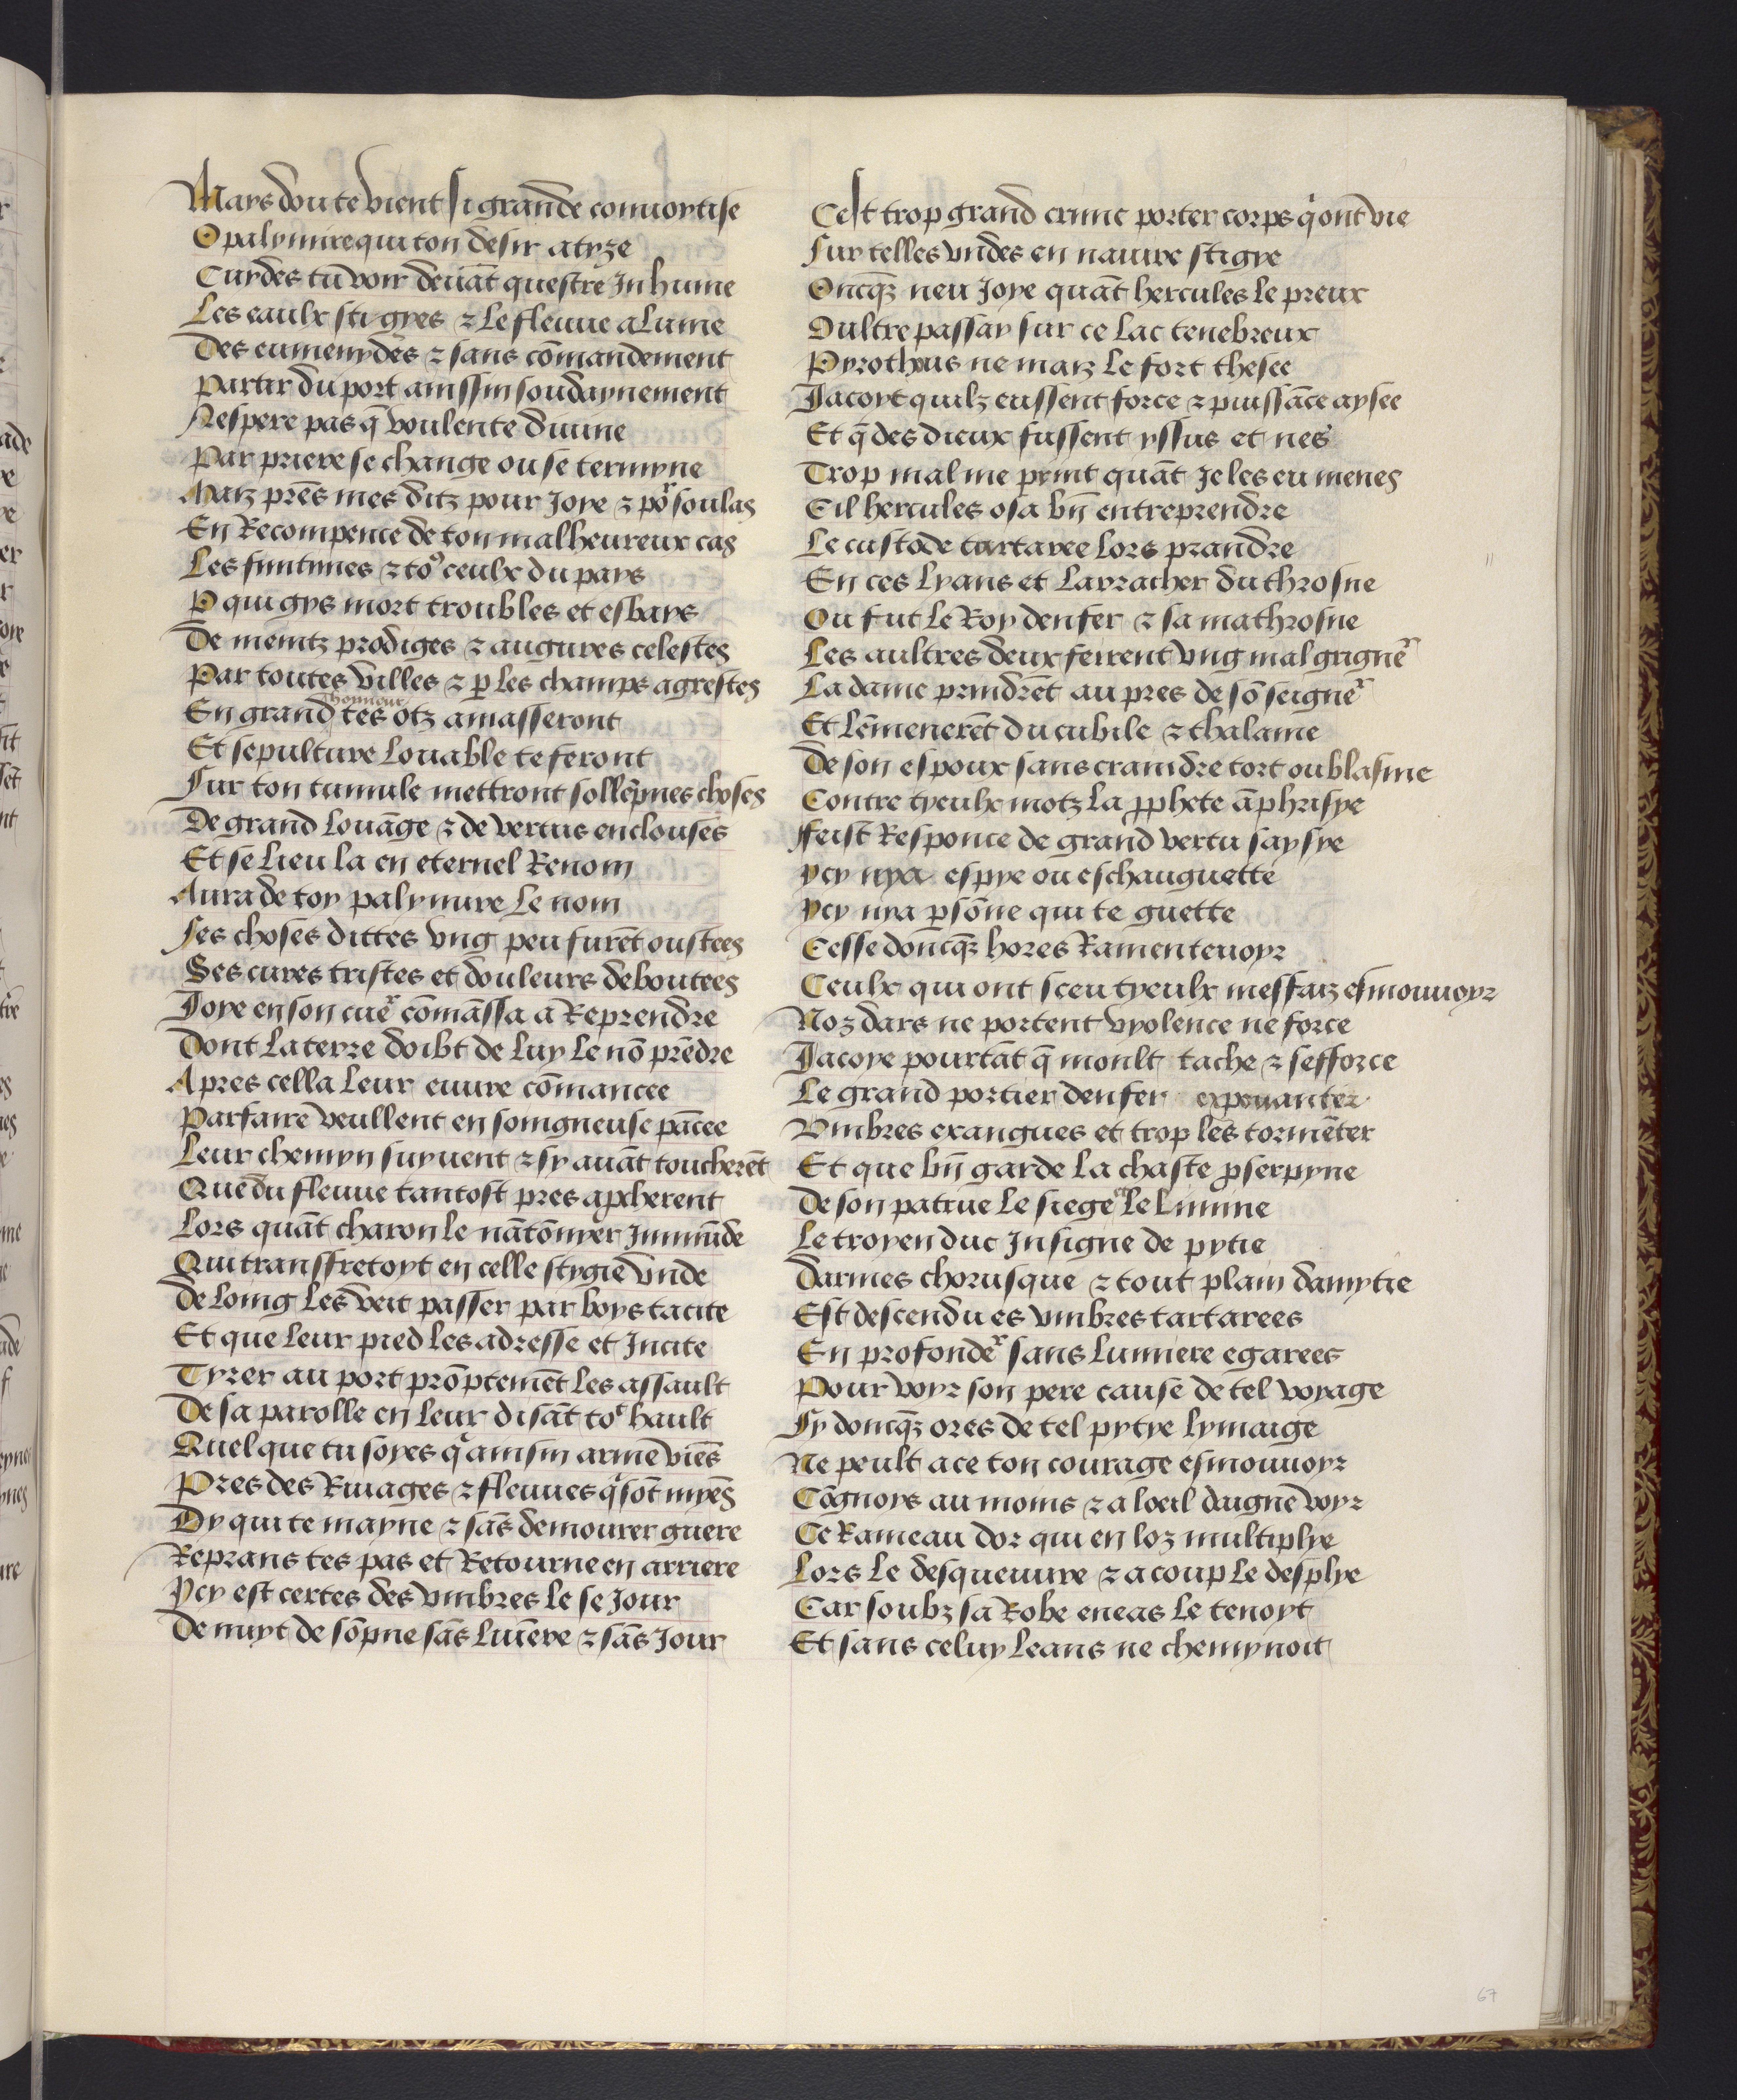
Shelfmark: Philadelphia, University of Pennsylvania, codex 909
Century: 15